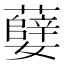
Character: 㜸